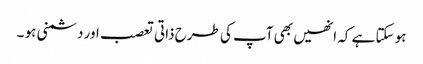
ہو سکتا ہے کہ انھیں بھی آپ کی طرح ذاتی تعصب اور دشمنی ہو ۔